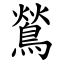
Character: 鶑